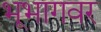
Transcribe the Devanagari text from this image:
भूभागवर